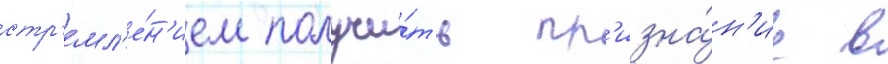
стр'емл'е́н'ием получи́ть пр'изна́н'ие в